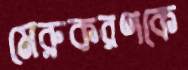
মেরুকরণকে